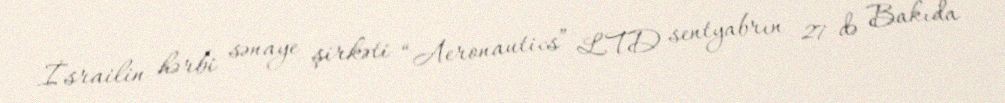
İsrailin hərbi sənaye şirkəti “Aeronautics” LTD sentyabrın 27-də Bakıda